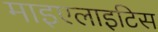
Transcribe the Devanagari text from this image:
माइएलाइटिस